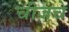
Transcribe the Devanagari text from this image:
चीजचे